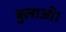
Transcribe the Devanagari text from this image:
बुलाओ।